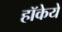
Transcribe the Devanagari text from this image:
हॉकेये